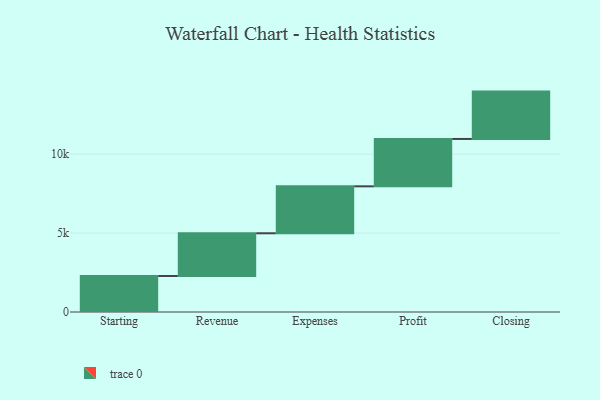
{"axis": {"x": "Step", "y": "Value"}, "legend": [""], "data": [{"x": "Starting", "y": 2280.0, "type": ""}, {"x": "Revenue", "y": 2706.0, "type": ""}, {"x": "Expenses", "y": 2974.0, "type": ""}, {"x": "Profit", "y": 3000, "type": ""}, {"x": "Closing", "y": 3000, "type": ""}]}